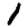
Digit: 1